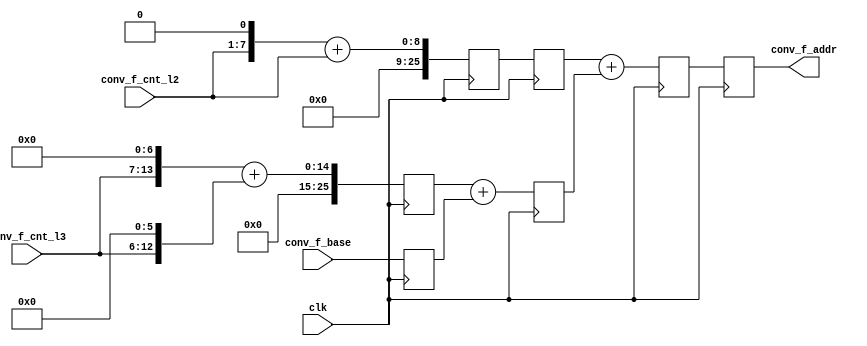
module rd_conv_f_addr_gen(
	input					clk		,
		
	input [25:0]			conv_f_base		,
    // input [ 6:0]			conv_f_cnt_l1	,
	input [ 6:0]			conv_f_cnt_l2	,
	input [ 6:0]			conv_f_cnt_l3	,
	
	output reg [25:0]		conv_f_addr
);

//conv_f_addr = conv_f_base + conv_f_cnt_l2 * 

//
reg [25:0]					conv_f_addr_add_2;
reg [25:0]					conv_f_addr_add_3;
reg [25:0]                  conv_f_base_r    ;

always @ (posedge clk) begin
    conv_f_addr_add_2 <= {conv_f_cnt_l2, 1'b0}+conv_f_cnt_l2;
	conv_f_addr_add_3 <= {conv_f_cnt_l3, 7'b0}+{conv_f_cnt_l3, 6'b0};	
    conv_f_base_r     <= conv_f_base;
end

//
reg [25:0]					conv_f_addr_add_12;
reg [25:0]					conv_f_addr_add_3b;

always @ (posedge clk) begin 
	conv_f_addr_add_12 <= conv_f_addr_add_2;
	conv_f_addr_add_3b <= conv_f_addr_add_3 + conv_f_base_r;
end

//
reg [25:0]					conv_f_addr_add_all;

always @ (posedge clk) begin 
	conv_f_addr_add_all <= conv_f_addr_add_12 + conv_f_addr_add_3b;
end

//
always @ (posedge clk) begin 
    conv_f_addr			<= conv_f_addr_add_all;
end

endmodule